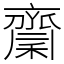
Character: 𪗉